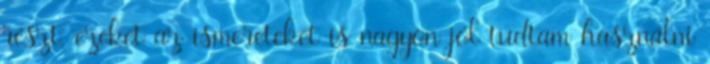
részt, ezeket az ismereteket is nagyon jól tudtam használni